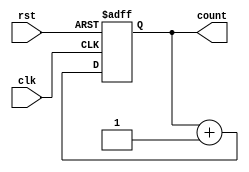
module counter(clk,rst,count);
input clk,rst;
output[3:0] count;
reg[3:0] count_up;
always@(posedge clk or posedge rst)begin
    if(rst)
    count_up<=4'd0;
    else
    count_up<=count_up+4'd1;
end
assign count=count_up;
endmodule